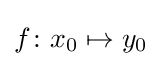
f\colon x_{0}\mapsto y_{0}